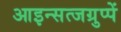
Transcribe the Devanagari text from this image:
आइन्सत्जग्रुप्पें